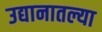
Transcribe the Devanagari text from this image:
उद्यानातल्या